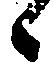
候